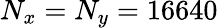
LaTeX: N_{x}=N_{y}=16640